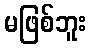
မဖြစ်ဘူး